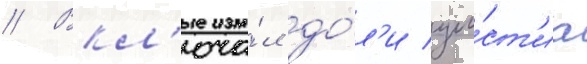
// Вкл'юча́л до́л'и уча́ст'иа